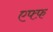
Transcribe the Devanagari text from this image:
एफ्फ़